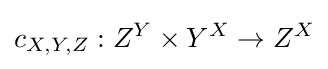
c_{X,Y,Z}:Z^{Y}\times Y^{X}\to Z^{X}